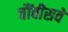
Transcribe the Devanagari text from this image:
चौंबीसवें